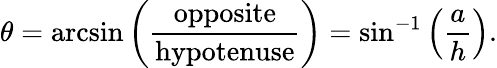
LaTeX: \theta=\arcsin\left({\frac{\mathrm{opposite}}{\mathrm{hypotenuse}}}\right)=\sin^{-1}\left({\frac{a}{h}}\right).